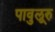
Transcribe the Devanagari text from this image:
पावुलूरु